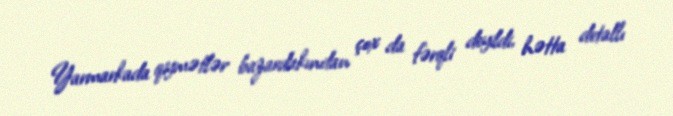
Yarmarkada qiymətlər bazardakından çox da fərqli deyildi, hətta detallı